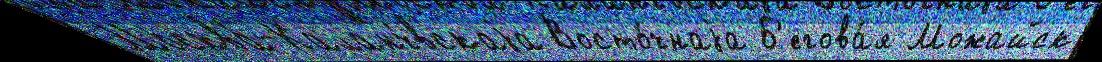
Москва́-Каланч́вскаjа Восто́чнаjа Б'егова́я Можайск